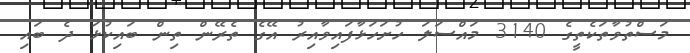
މަސްތުވާތަކެތީގެ 3140 މައްސަލަ ހުށަހަޅާފައިވާއިރު އޭގެ ތެރޭން ތިން ބައިކުޅަ ދެ ބައި